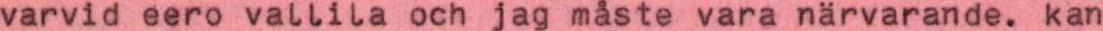
varvid eero vallila och jag måste vara närvarande. kan